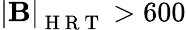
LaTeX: \mathbf{\left|B\right|}_{\mathrm{~H~R~T~}}>600